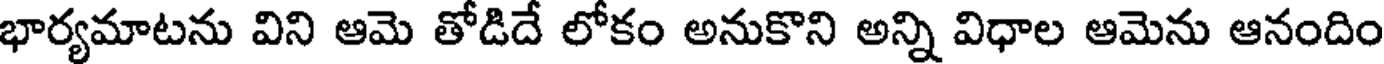
భార్యమాటను విని ఆమె తోడిదే లోకం అనుకొని అన్ని విధాల ఆమెను ఆనందిం